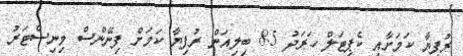
ރުފިޔާ ކަމަށާއި ކެޕިޓަލް ހަރަދު 8.5 ބިލިއަން ރުފިޔާ ކަމަށް ފިނޭންސް މިނިސްޓަރު